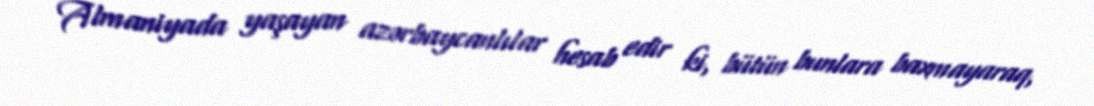
Almaniyada yaşayan azərbaycanlılar hesab edir ki, bütün bunlara baxmayaraq,